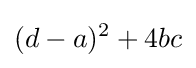
(d-a)^{2}+4bc